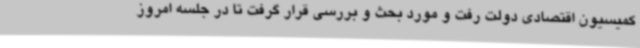
کمیسیون اقتصادی دولت رفت و مورد بحث و بررسی قرار گرفت تا در جلسه امروز